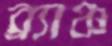
ব্র্যাঞ্চ